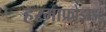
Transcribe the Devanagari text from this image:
हरमाफ्रोडाइट